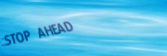
STOP AHEAD